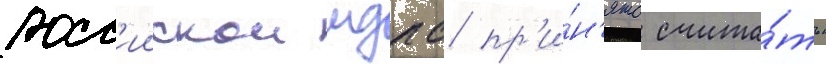
росс'иискои мдпс пр'и́н'ято счита́ть